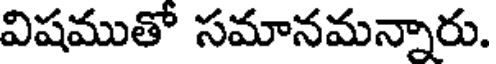
విషముతో సమానమన్నారు.